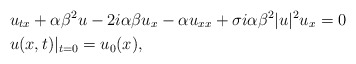
\begin{align*}&u_{tx}+\alpha\beta^2u-2i\alpha\beta u_x-\alpha u_{xx}+\sigma i\alpha\beta^2|u|^2u_x=0 \\&u(x,t)|_{t=0} = u_0(x),\end{align*}